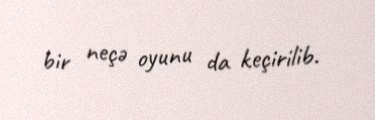
bir neçə oyunu da keçirilib.